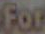
For